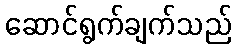
ဆောင်ရွက်ချက်သည်